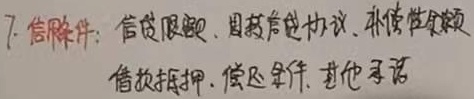
信用条件：信贷限额、周转信贷协议、补偿性余额、借款抵押、偿还条件、其他承诺